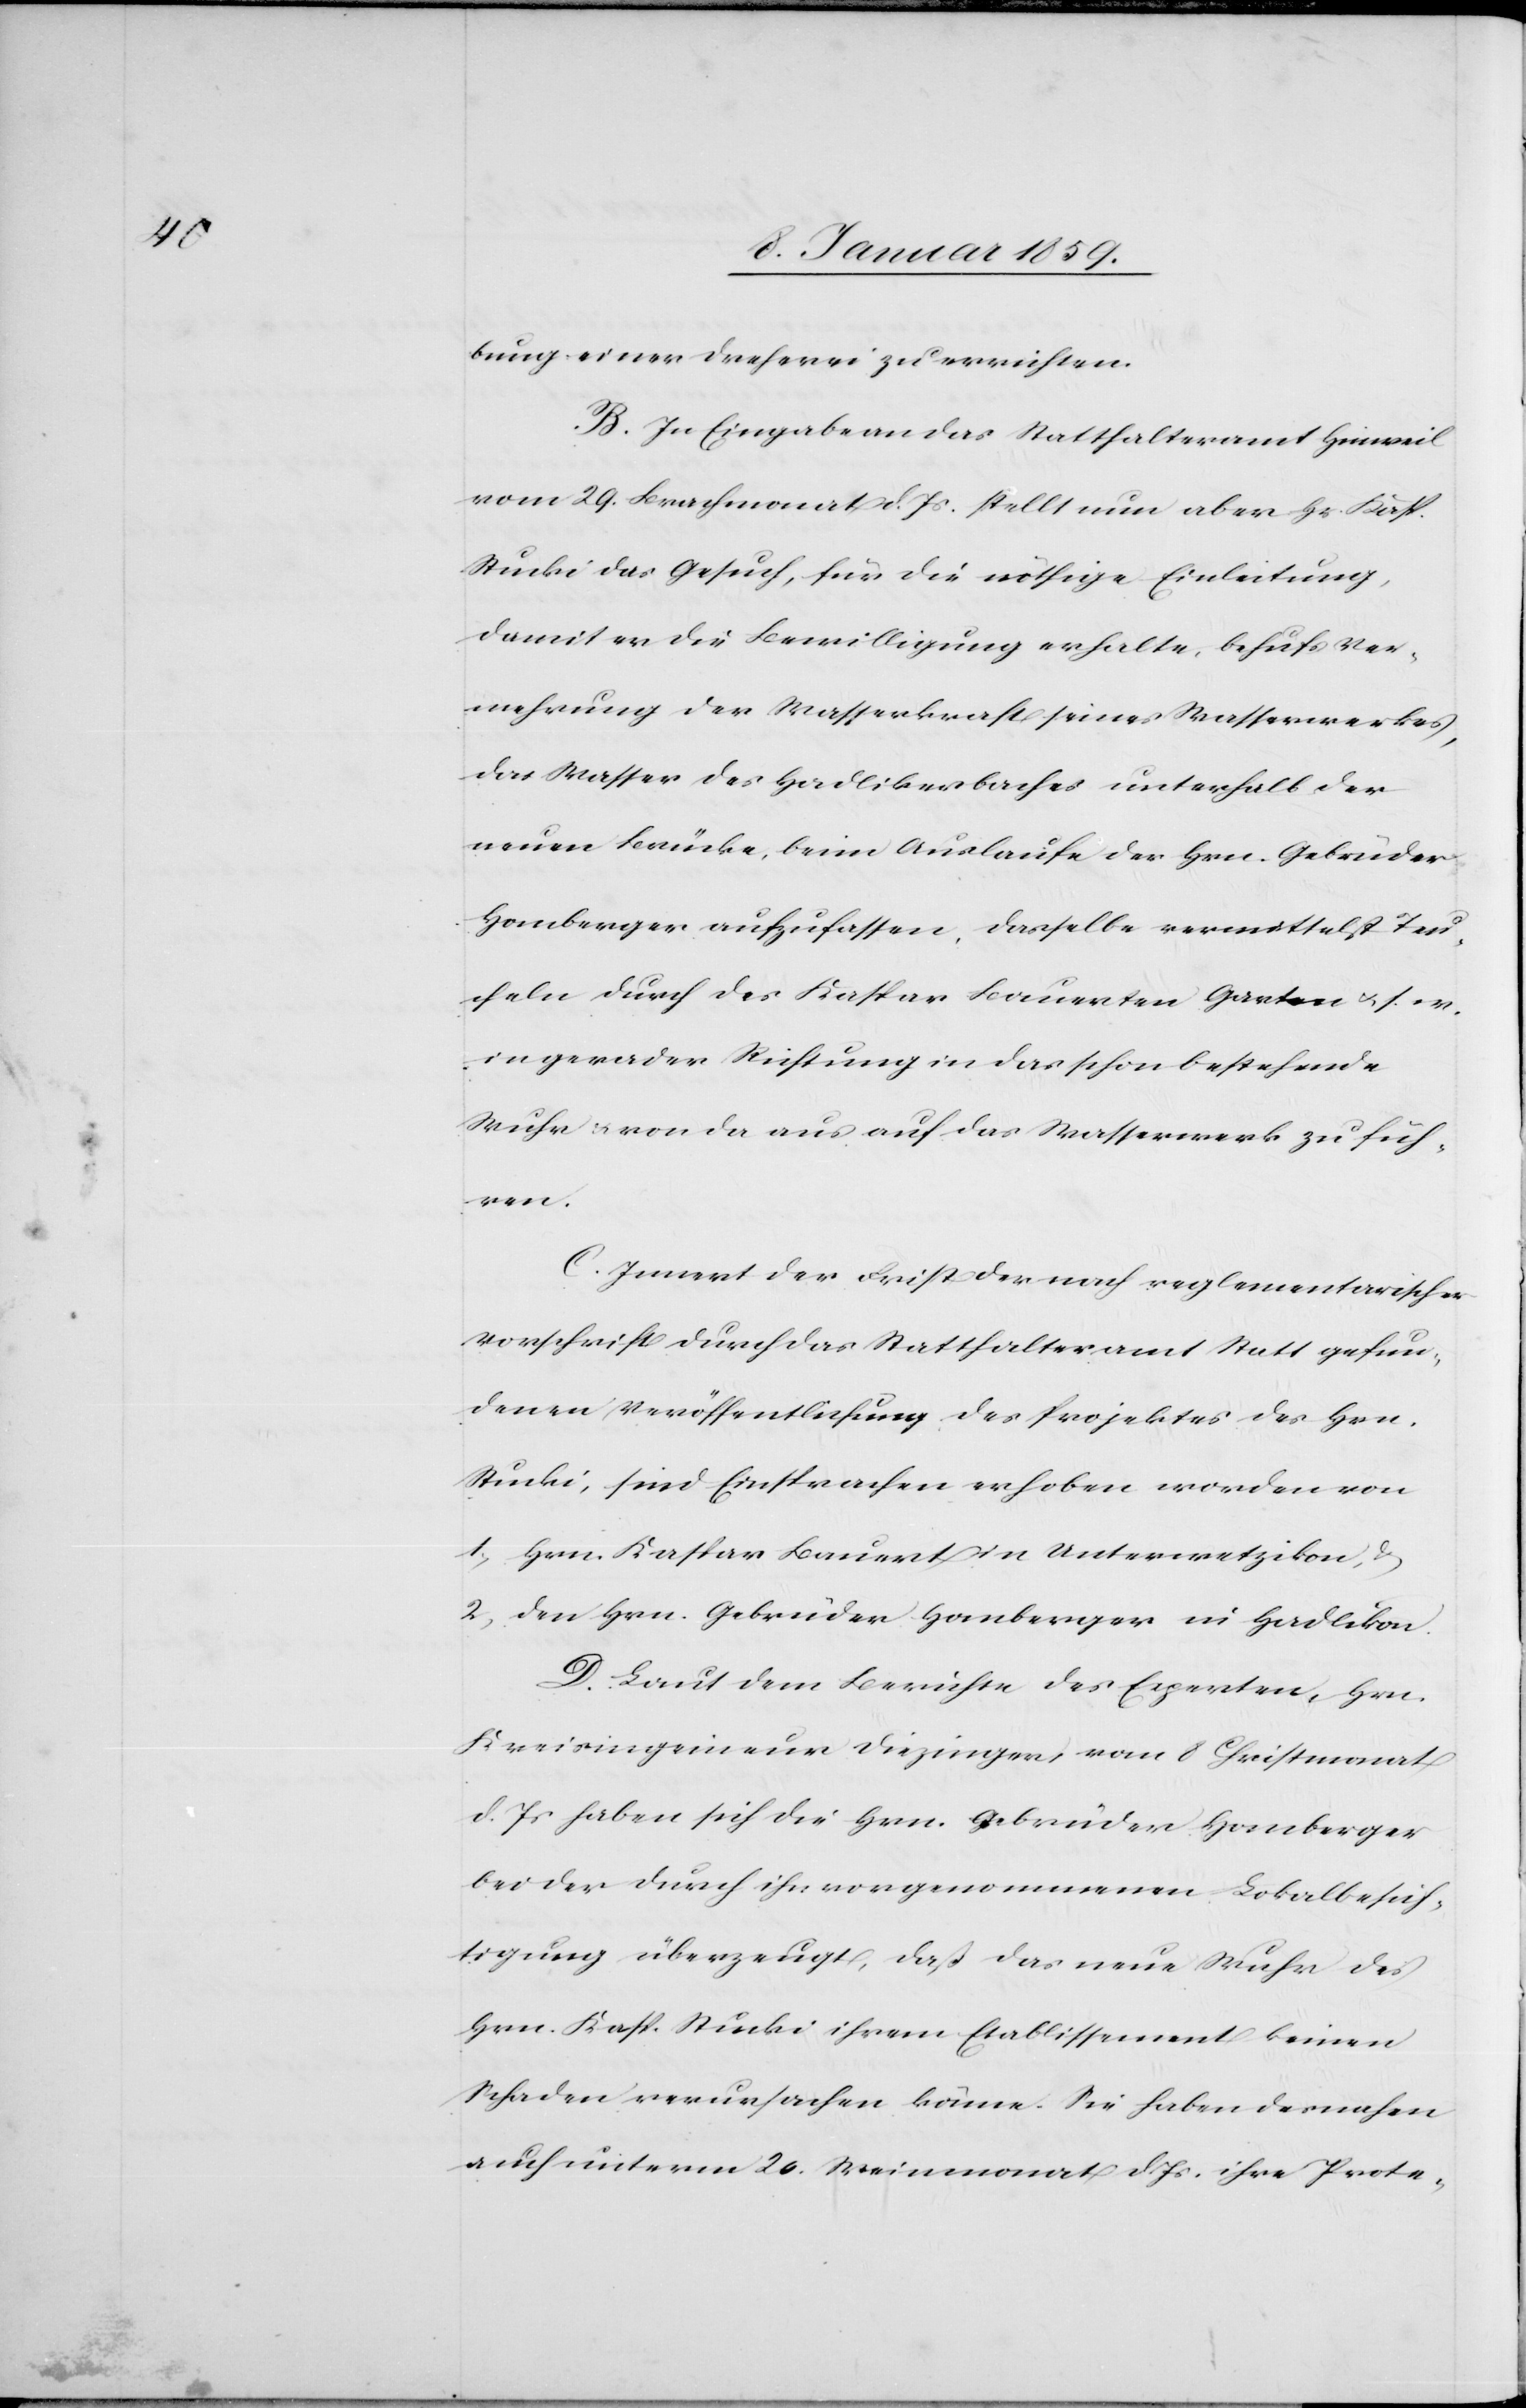
bung einer Dreherei zu errichten.
B. In Eingabe an das Statthalteramt Hinweil
vom 29. Brachmonat d. Js. stelle nun aber Hr. Kasp.
Stucki das Gesuch, für die nöthige Einleitung,
damit er die Bewilligung erhalte, behufs Ver¬
mehrung der Wasserkraft seines Wasserwerkes,
das Wasser des Hadlikerbaches unterhalb der
neuen Brücke, beim Auslaufe der Hrn. Gebrüder
Homberger aufzufassen, dasselbe vermittelst Teu¬
cheln durch den Kaspar Bauerten Garten u.s.w.
in gerader Richtung in das schon bestehende
Wuhr u. von da aus auf das Wasserwerk zu füh¬
ren.
C. Innert der Frist der nach reglementarischer
Vorschrift durch das Statthalteramt statt gefun¬
denen Veröffentlichung des Projektes des Hrn.
Stucki, sind Einsprachen erhoben worden von
1. Hrn. Kaspar Bauert in Unterwetzikon, &
2. den Hrn. Gebrüder Homberger in Hadlikon.
D. Laut dem Berichte des Experten Hrn.
Kreisingenieur Diezinger, vom 8 Christmonat
d. Js. haben sich die Hrn. Gebrüder Homberger
bei der durch ihn vorgenommenen Lokalbesich¬
tigung überzeut, daß das neue Wuhr des
Hrn. Kasp. Stucki ihrem Etablissement keinen
Schaden verursachen könne. Sie haben dernahen
auf unterm 20. Weinmonat d. Jr. ihre Prote-